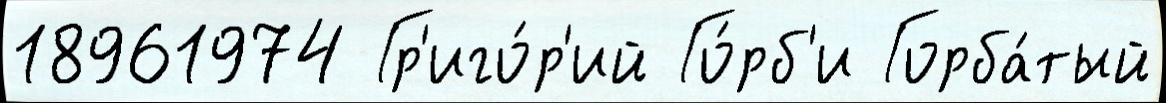
18961974 Гр'иго́р'ий Го́рб'и Горба́тый